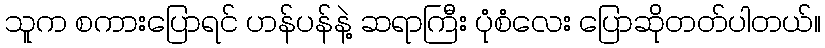
သူက စကားပြောရင် ဟန်ပန်နဲ့ ဆရာကြီး ပုံစံလေး ပြောဆိုတတ်ပါတယ်။